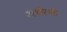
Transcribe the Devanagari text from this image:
अर्धरथी